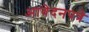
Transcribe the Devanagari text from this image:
आवेदनपत्रे